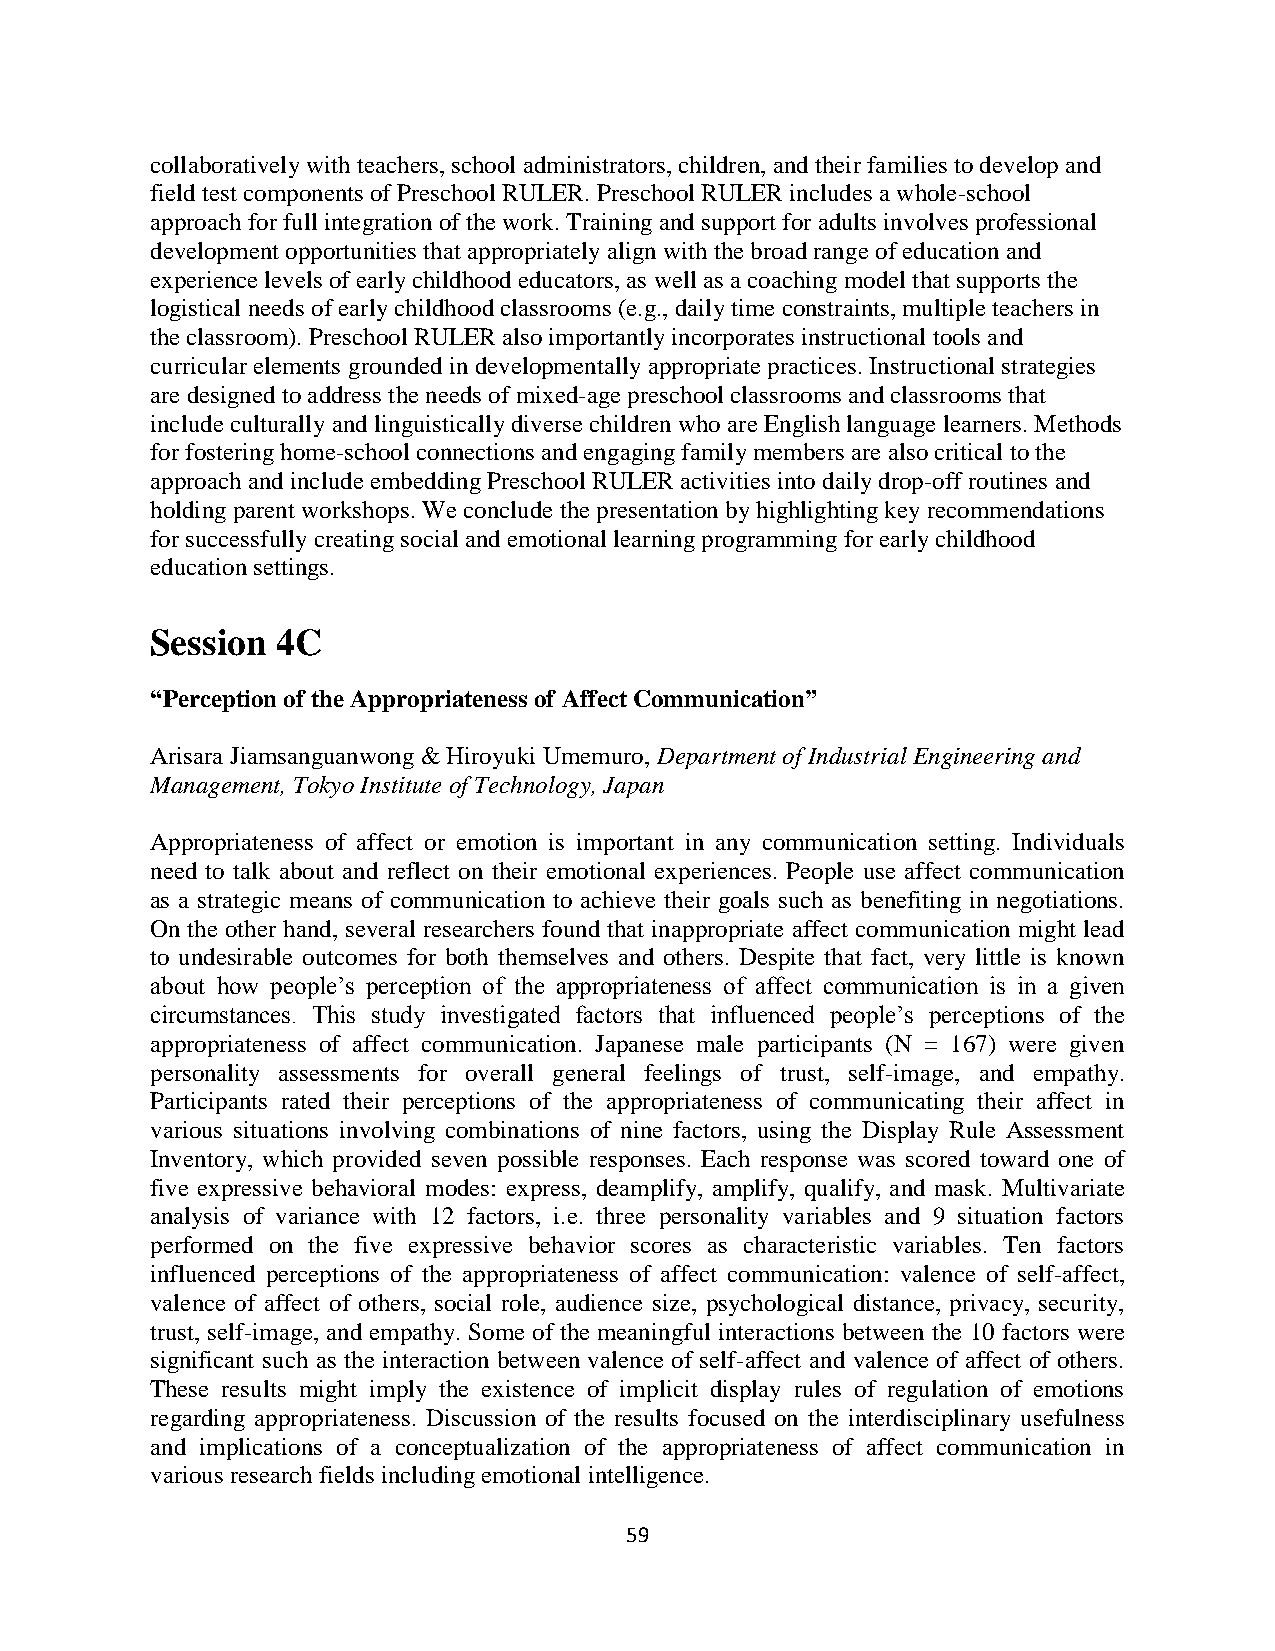
collaboratively with teachers, school administrators, children, and their families to develop and
 field test components of Preschool RULER. Preschool RULER includes a whole-school
 approach for full integration of the work. Training and support for adults involves professional
 development opportunities that appropriately align with the broad range of education and
 experience levels of early childhood educators, as well as a coaching model that supports the
 logistical needs of early childhood classrooms (e.g., daily time constraints, multiple teachers in
 the classroom). Preschool RULER also importantly incorporates instructional tools and
 curricular elements grounded in developmentally appropriate practices. Instructional strategies
 are designed to address the needs of mixed-age preschool classrooms and classrooms that
 include culturally and linguistically diverse children who are English language learners. Methods
 for fostering home-school connections and engaging family members are also critical to the
 approach and include embedding Preschool RULER activities into daily drop-off routines and
 holding parent workshops. We conclude the presentation by highlighting key recommendations
 for successfully creating social and emotional learning programming for early childhood
 education settings.
 Session 4C
 “Perception of the Appropriateness of Affect Communication”
 Arisara Jiamsanguanwong & Hiroyuki Umemuro, Department of Industrial Engineering and
 Management, Tokyo Institute of Technology, Japan
 Appropriateness of affect or emotion is important in any communication setting. Individuals
 need to talk about and reflect on their emotional experiences. People use affect communication
 as a strategic means of communication to achieve their goals such as benefiting in negotiations.
 On the other hand, several researchers found that inappropriate affect communication might lead
 to undesirable outcomes for both themselves and others. Despite that fact, very little is known
 about how people’s perception of the appropriateness of affect communication is in a given
 circumstances. This study investigated factors that influenced people’s perceptions of the
 appropriateness of affect communication. Japanese male participants (N = 167) were given
 personality assessments for overall general feelings of trust, self-image, and empathy.
 Participants rated their perceptions of the appropriateness of communicating their affect in
 various situations involving combinations of nine factors, using the Display Rule Assessment
 Inventory, which provided seven possible responses. Each response was scored toward one of
 five expressive behavioral modes: express, deamplify, amplify, qualify, and mask. Multivariate
 analysis of variance with 12 factors, i.e. three personality variables and 9 situation factors
 performed on the five expressive behavior scores as characteristic variables. Ten factors
 influenced perceptions of the appropriateness of affect communication: valence of self-affect,
 valence of affect of others, social role, audience size, psychological distance, privacy, security,
 trust, self-image, and empathy. Some of the meaningful interactions between the 10 factors were
 significant such as the interaction between valence of self-affect and valence of affect of others.
 These results might imply the existence of implicit display rules of regulation of emotions
 regarding appropriateness. Discussion of the results focused on the interdisciplinary usefulness
 and implications of a conceptualization of the appropriateness of affect communication in
 various research fields including emotional intelligence.
 59